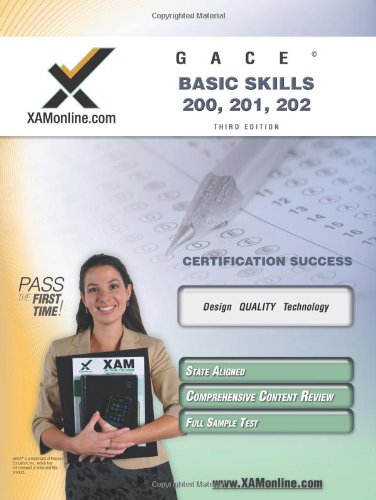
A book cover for GACE Basic Skills 200, 201, 202 Teacher Certification Test Prep Study Guide (XAM GACE); Sharon A Wynne; Test Preparation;